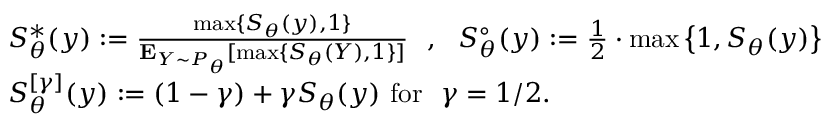
\begin{array} { r l } & { S _ { \theta } ^ { * } ( y ) : = \frac { \operatorname* { m a x } \{ S _ { \theta } ( y ) , 1 \} } { { \bf E } _ { Y \sim P _ { \theta } } [ \operatorname* { m a x } \{ S _ { \theta } ( Y ) , 1 \} ] } \ \ , \ \ S _ { \theta } ^ { \circ } ( y ) : = \frac { 1 } { 2 } \cdot \operatorname* { m a x } \left\{ 1 , S _ { \theta } ( y ) \right\} } \\ & { S _ { \theta } ^ { [ \gamma ] } ( y ) : = ( 1 - \gamma ) + \gamma S _ { \theta } ( y ) \mathrm { \ f o r ~ \ } \gamma = 1 / 2 . } \end{array}